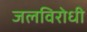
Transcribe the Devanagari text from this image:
जलविरोधी